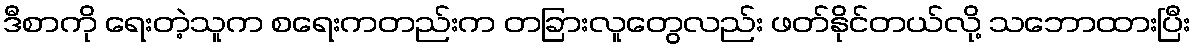
ဒီစာကို ရေးတဲ့သူက စရေးကတည်းက တခြားလူတွေလည်း ဖတ်နိုင်တယ်လို့ သဘောထားပြီး